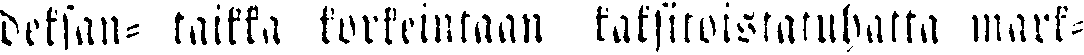
deksan taikka korkeintaan kaksitoistatuhatta mark-